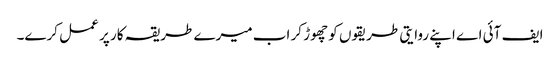
ایف آئی اے اپنے روایتی طریقوں کو چھوڑ کر اب میرے طریقہ کار پر عمل کرے۔